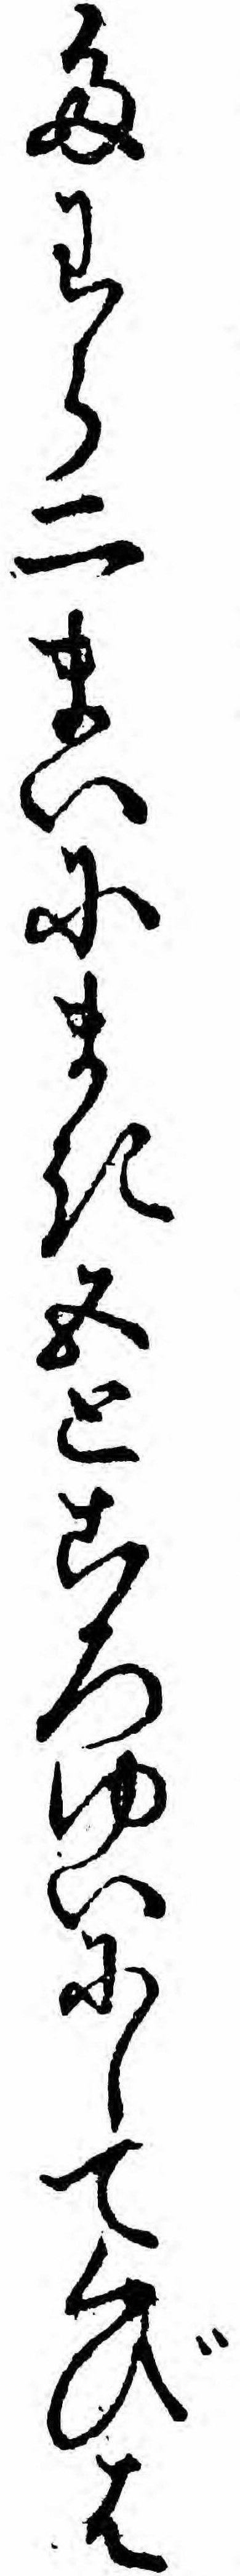
たわら二まいにまき五ところゆいにしてくびは